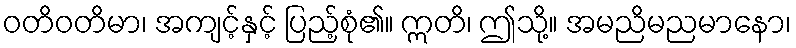
ဝတိဝတိမာ၊ အကျင့်နှင့် ပြည့်စုံ၏။ ဣတိ၊ ဤသို့။ အမညိမညမာနော၊